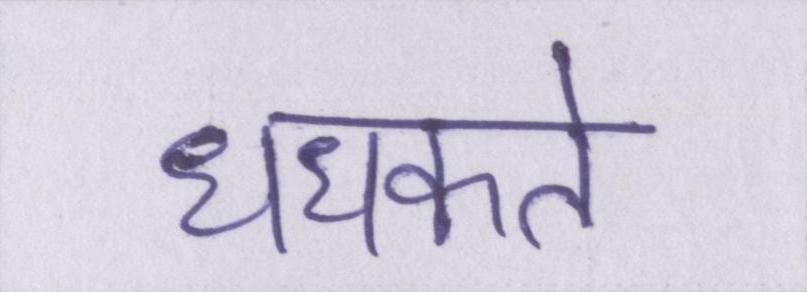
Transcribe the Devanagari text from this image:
धधकते